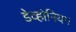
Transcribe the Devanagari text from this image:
डेव्होनियम